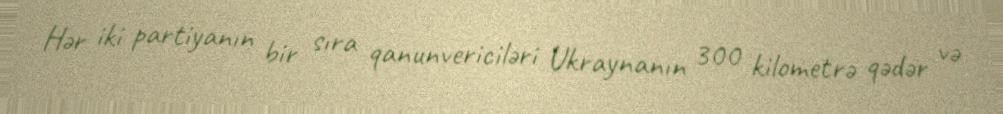
Hər iki partiyanın bir sıra qanunvericiləri Ukraynanın 300 kilometrə qədər və